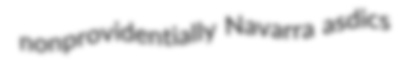
nonprovidentially Navarra asdics